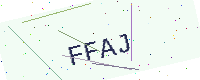
Text: FFAJ